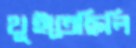
থুইতেছিলি